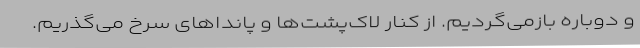
و دوباره بازمی‌گردیم. از کنار لاک‌پشت‌ها و پانداهای سرخ می‌گذریم.